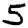
Digit: 5